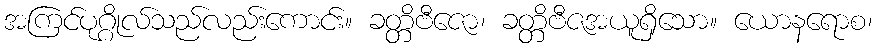
အကြင်ပုဂ္ဂိုလ်သည်လည်းကောင်း။ ခတ္တိဗီဇော၊ ခတ္တိဗီဇအယူရှိသော။ ယောနရောစ၊